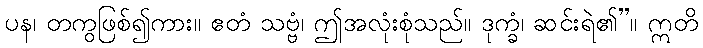
ပန၊ တကွဖြစ်၍ကား။ ဧတံ သဗ္ဗံ၊ ဤအလုံးစုံသည်။ ဒုက္ခံ၊ ဆင်းရဲ၏”။ ဣတိ